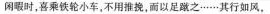
闲暇时,喜乘铁轮小车,不用推挽,而以足之.....其行如风。